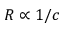
R \propto 1 / c